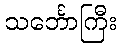
သင်္ဘောကြီး